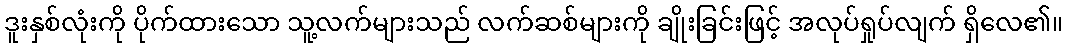
ဒူးနှစ်လုံးကို ပိုက်ထားသော သူ့လက်များသည် လက်ဆစ်များကို ချိုးခြင်းဖြင့် အလုပ်ရှုပ်လျက် ရှိလေ၏။